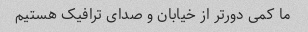
ما کمی دورتر از خیابان و صدای ترافیک هستیم